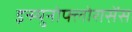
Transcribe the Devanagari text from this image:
इन्म्युनोफ्लोरासेंस